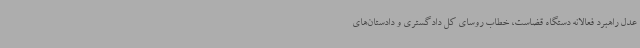
عدل راهبرد فعالانه دستگاه قضاست، خطاب روسای کل دادگستری و دادستان‌های